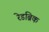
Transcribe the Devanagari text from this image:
रेडब्रिक